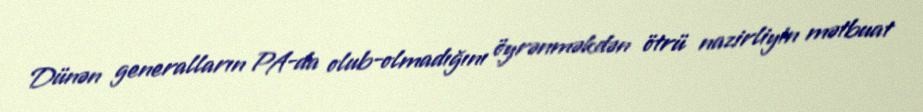
Dünən generalların PA-da olub-olmadığını öyrənməkdən ötrü nazirliyin mətbuat